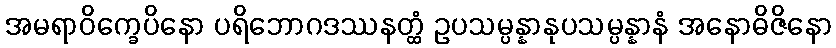
အမရာဝိက္ခေပိနော ပရိဘောဂဒဿနတ္ထံ ဥပသမ္ပန္နာနုပသမ္ပန္နာနံ အနောဓိဇိနော